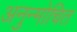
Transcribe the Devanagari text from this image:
अनुन्मोचित